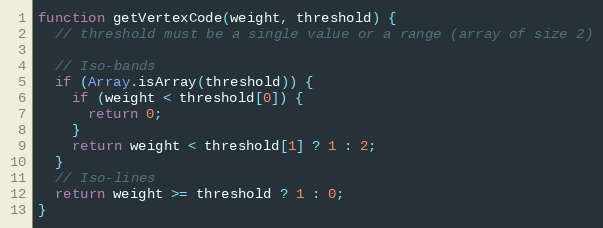
Language: JavaScript
function getVertexCode(weight, threshold) {
  // threshold must be a single value or a range (array of size 2)

  // Iso-bands
  if (Array.isArray(threshold)) {
    if (weight < threshold[0]) {
      return 0;
    }
    return weight < threshold[1] ? 1 : 2;
  }
  // Iso-lines
  return weight >= threshold ? 1 : 0;
}